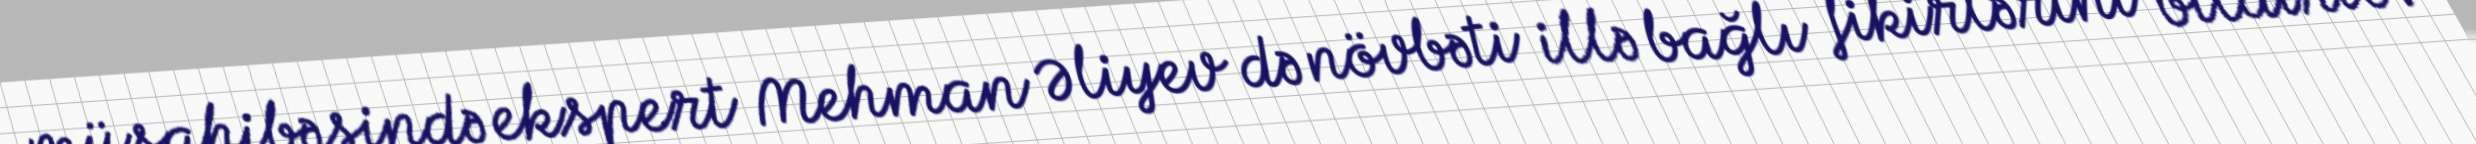
müsahibəsində ekspert Mehman Əliyev də növbəti illə bağlı fikirlərini bildirib: